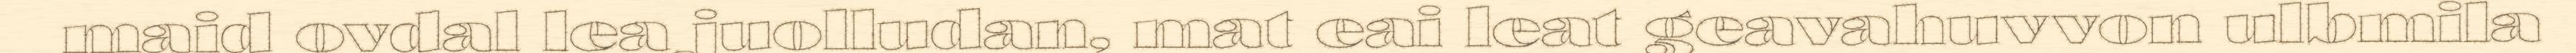
maid ovdal lea juolludan, mat eai leat geavahuvvon ulbmila